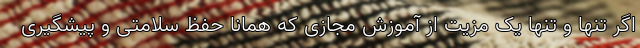
اگر تنها و تنها یک مزیت از آموزش مجازی که همانا حفظ سلامتی و پیشگیری